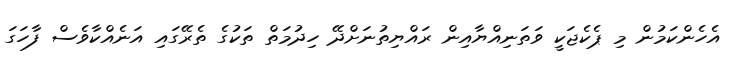
އެހެންކަމުން މި ޕެކެޖަކީ ވަތަނިއްޔާއިން ރައްޔިތުނަށްދޭ ހިދުމަތް ތަކުގެ ތެރޭގައި އަނެއްކާވެސް ފާހަގަ